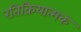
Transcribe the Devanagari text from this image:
रतिक्रियात्मक